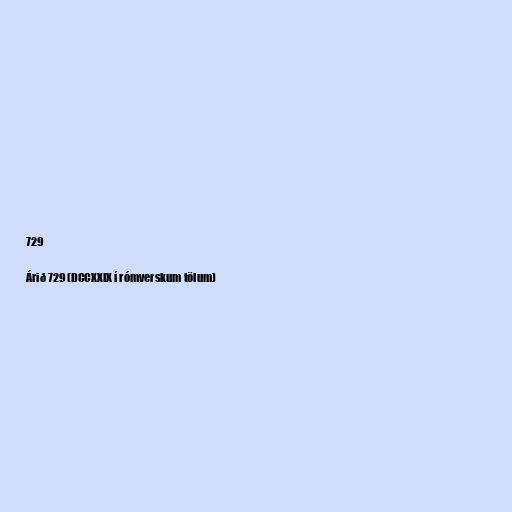
729

Árið 729 (DCCXXIX í rómverskum tölum)